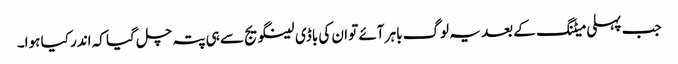
جب پہلی میٹنگ کے بعد یہ لوگ باہر آئے تو ان کی باڈی لینگویج سے ہی پتہ چل گیا کہ اندر کیا ہوا۔